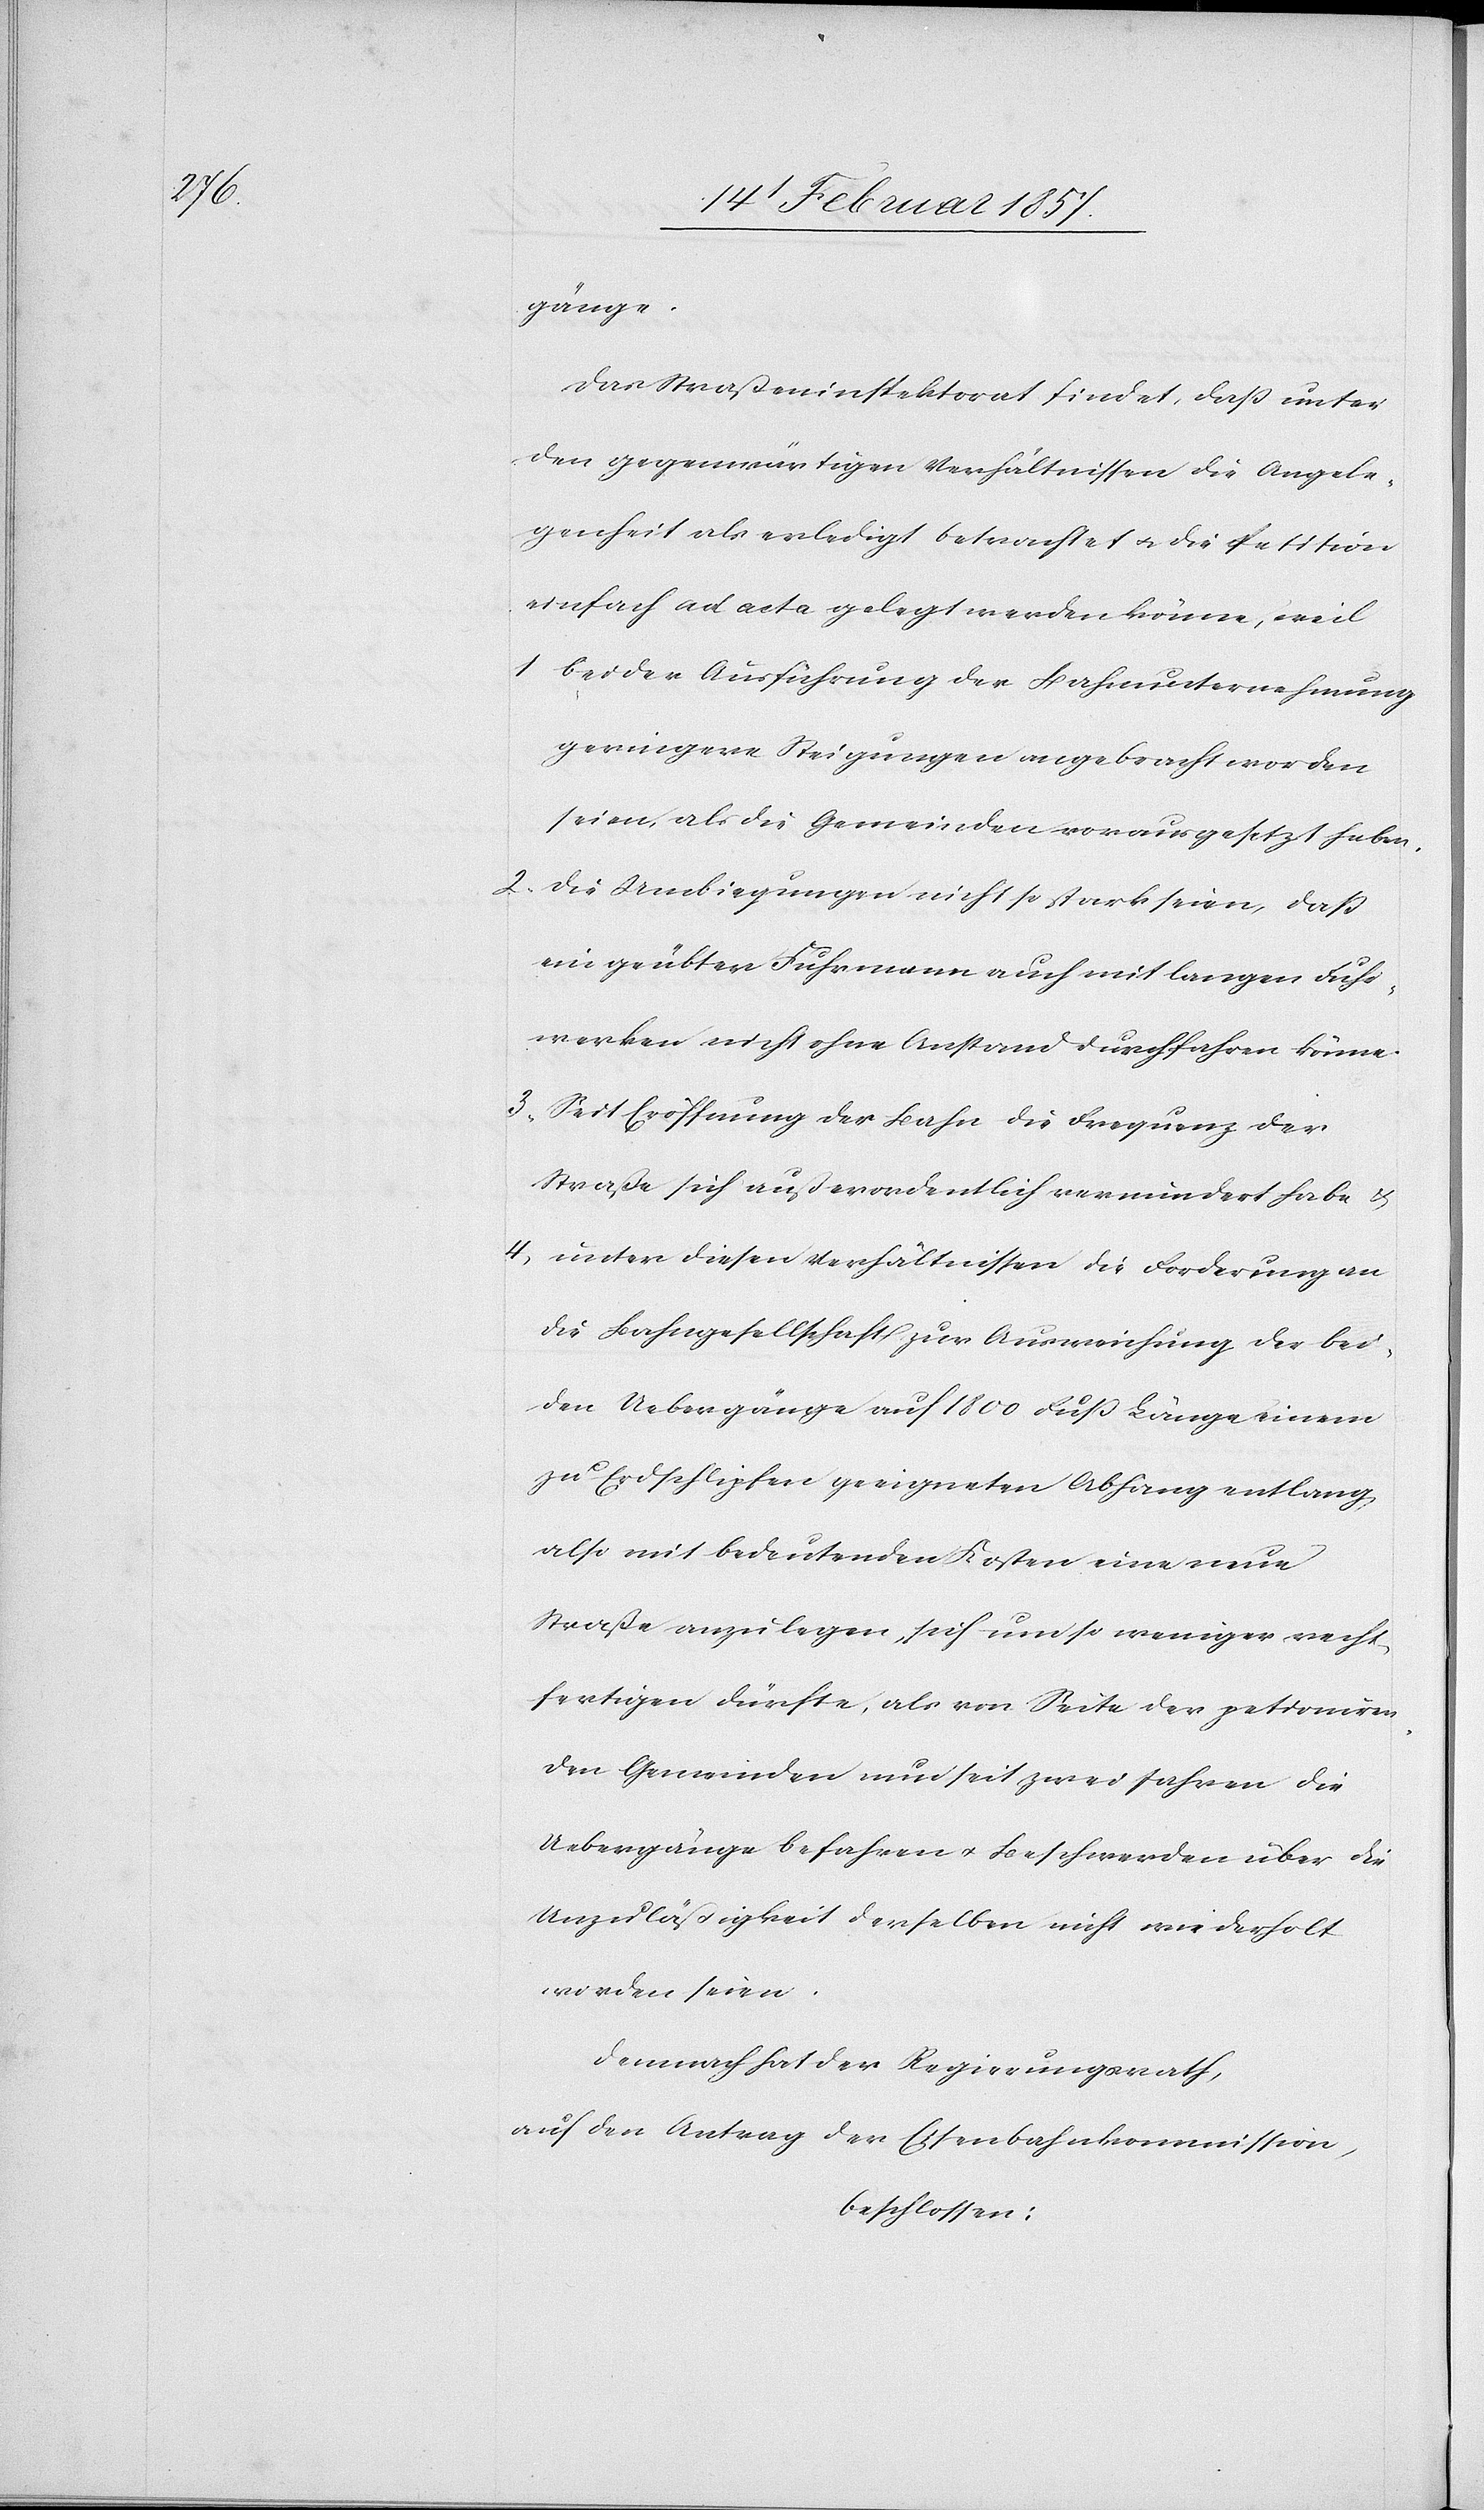
gänge.
Das Straßeninspektorat findet, daß unter
den gegenwärtigen Verhältnissen die Angele¬
genheit als erledigt betrachtet u. die Petition
einfach ad acta gelegt werden könne, weil
1. bei der Ausführung der Bahnunternehmung
geringere Steigungen angebracht worden
seien, als die Gemeinden vorausgesetzt haben.
2. die Umbiegungen nicht so stark seien, daß
ein geübter Fuhrmann auch mit langen Fuhr¬
werken nicht ohne Anstand durchfahren könne.
3. Seit Eröffnung der Bahn die Frequenz der
Straße sich außerordentlich vermindert habe &
4. unter diesen Verhältnissen die Forderung an
die Bahngesellschaft zur Ausweichung der bei¬
den Uebergänge auf 1800 Fuß Länge einem
zu Erdschlipfen geeigneten Abhang entlang
also mit bedeutenden Kosten eine neue
Straße anzulegen, sich um so weniger recht¬
fertigen dürfte, als von Seite der petioniren¬
den Gemeinden nun seit zwei Jahren die
Uebergänge befahren u. Beschwerden über die
Unzuläßigkeit derselben nicht wiederholt
worden seien.
Demnach hat der Regierungsrath,
auf den Antrag der Eisenbahnkommission,
beschlossen: